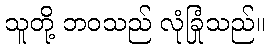
သူတို့ ဘဝသည် လုံခြုံသည်။